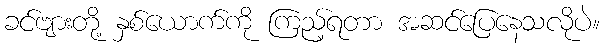
ခင်ဗျားတို့ နှစ်ယောက်ကို ကြည့်ရတာ အဆင်ပြေနေသလိုပဲ။